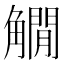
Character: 𧤽